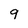
Character: 9